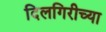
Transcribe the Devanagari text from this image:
दिलगिरीच्या